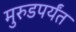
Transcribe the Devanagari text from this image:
मुरुडपर्यंत